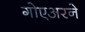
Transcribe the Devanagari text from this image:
गोएअरने